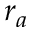
r _ { a }